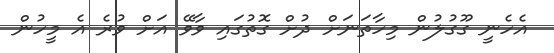
އެހެނީ ގޫގުލުން މިހާތަނަށް ދުށް ގޮތުގައި ވާވޭ އަށް ވުރެ އެ މީހުން